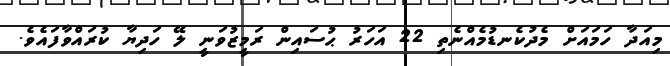
މިއަދާ ހަމައަށް މެދުކެނޑުމެއްނެތި 22 އަހަރު ޙުސައިން ރަމީޒުވަނީ ލޭ ހަދިޔާ ކުރައްވާފައެވެ.